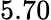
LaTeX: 5.70